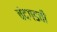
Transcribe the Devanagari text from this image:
चंदगडची